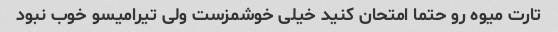
تارت میوه رو حتما امتحان کنید خیلی خوشمزست ولی تیرامیسو خوب نبود